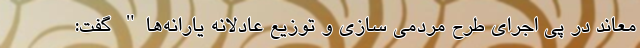
معاند در پی اجرای طرح مردمی سازی و توزیع عادلانه یارانه‌ها" گفت: